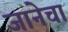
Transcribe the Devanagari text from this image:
जानेचा